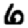
Digit: 6